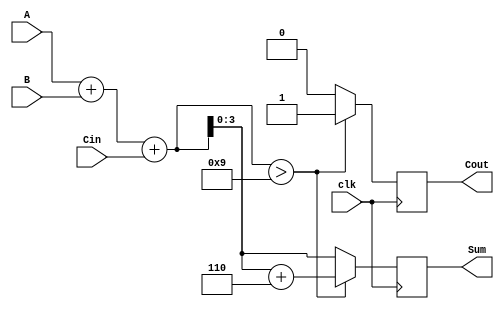
module BCD_Synchronous_Adder (
    input  [3:0] A,     // First BCD digit
    input  [3:0] B,     // Second BCD digit
    input        Cin,    // Carry input
    input        clk,     // Clock signal
    output reg [3:0] Sum, // BCD Sum output
    output reg Cout      // Carry output
);

// Internal signals
wire [4:0] RawSum; // 5-bit raw sum to accommodate carry
wire Adjust;       // Adjustment flag

// Compute the raw sum of A, B, and Cin
assign RawSum = A + B + Cin;

// Determine if an adjustment is needed
assign Adjust = (RawSum > 9);

// Always block for synchronous operation
always @(posedge clk) begin
    if (Adjust) begin
        // If adjustment is needed, add 6 to the raw sum
        Sum <= RawSum + 5'd6; // 5'd6 is used to ensure correct bit width
        Cout <= 1;             // Set carry out
    end else begin
        // No adjustment needed
        Sum <= RawSum[3:0];    // Only the lower 4 bits are valid for BCD
        Cout <= 0;             // No carry out
    end
end

endmodule